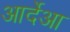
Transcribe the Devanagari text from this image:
आर्देआ